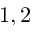
1 , 2